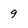
Character: 9